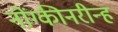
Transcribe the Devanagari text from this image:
नोंग्कीनरीन्ह